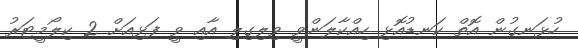
ހުޅަނގުން އޮތް ކަނޑުއޮޅި ހިއްކާލަންވީ ވިލިިގިލި އާއި ވީ ފަޅިއަށް 2 ކިލޯމީޓަރު